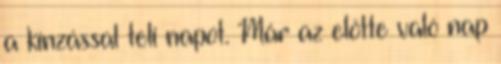
a kínzással teli napot. Már az előtte való nap